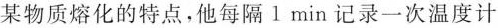
某物质熔化的特点，他每个1min记录一次温度计